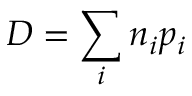
D = \sum _ { i } n _ { i } p _ { i }